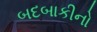
બદબાકીનો